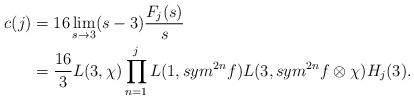
LaTeX: \begin{align*}c(j) &=16\lim_{s \to 3} (s-3)\frac{F_{j}(s)}{s} \\&= \frac{16}{3}L(3,\chi)\prod\limits_{n=1}^{j}L(1,sym^{2n}f)L(3,sym^{2n}f\otimes\chi)H_{j}(3).\end{align*}